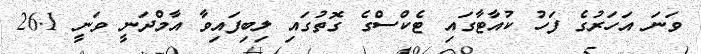
ވަނަ އަހަރުގެ ފަހު ކުއާޓާގައި ޓެކްސްގެ ގޮތުގައި ލިބިފައިވާ އާމްދަނީ ވަނީ 26.1